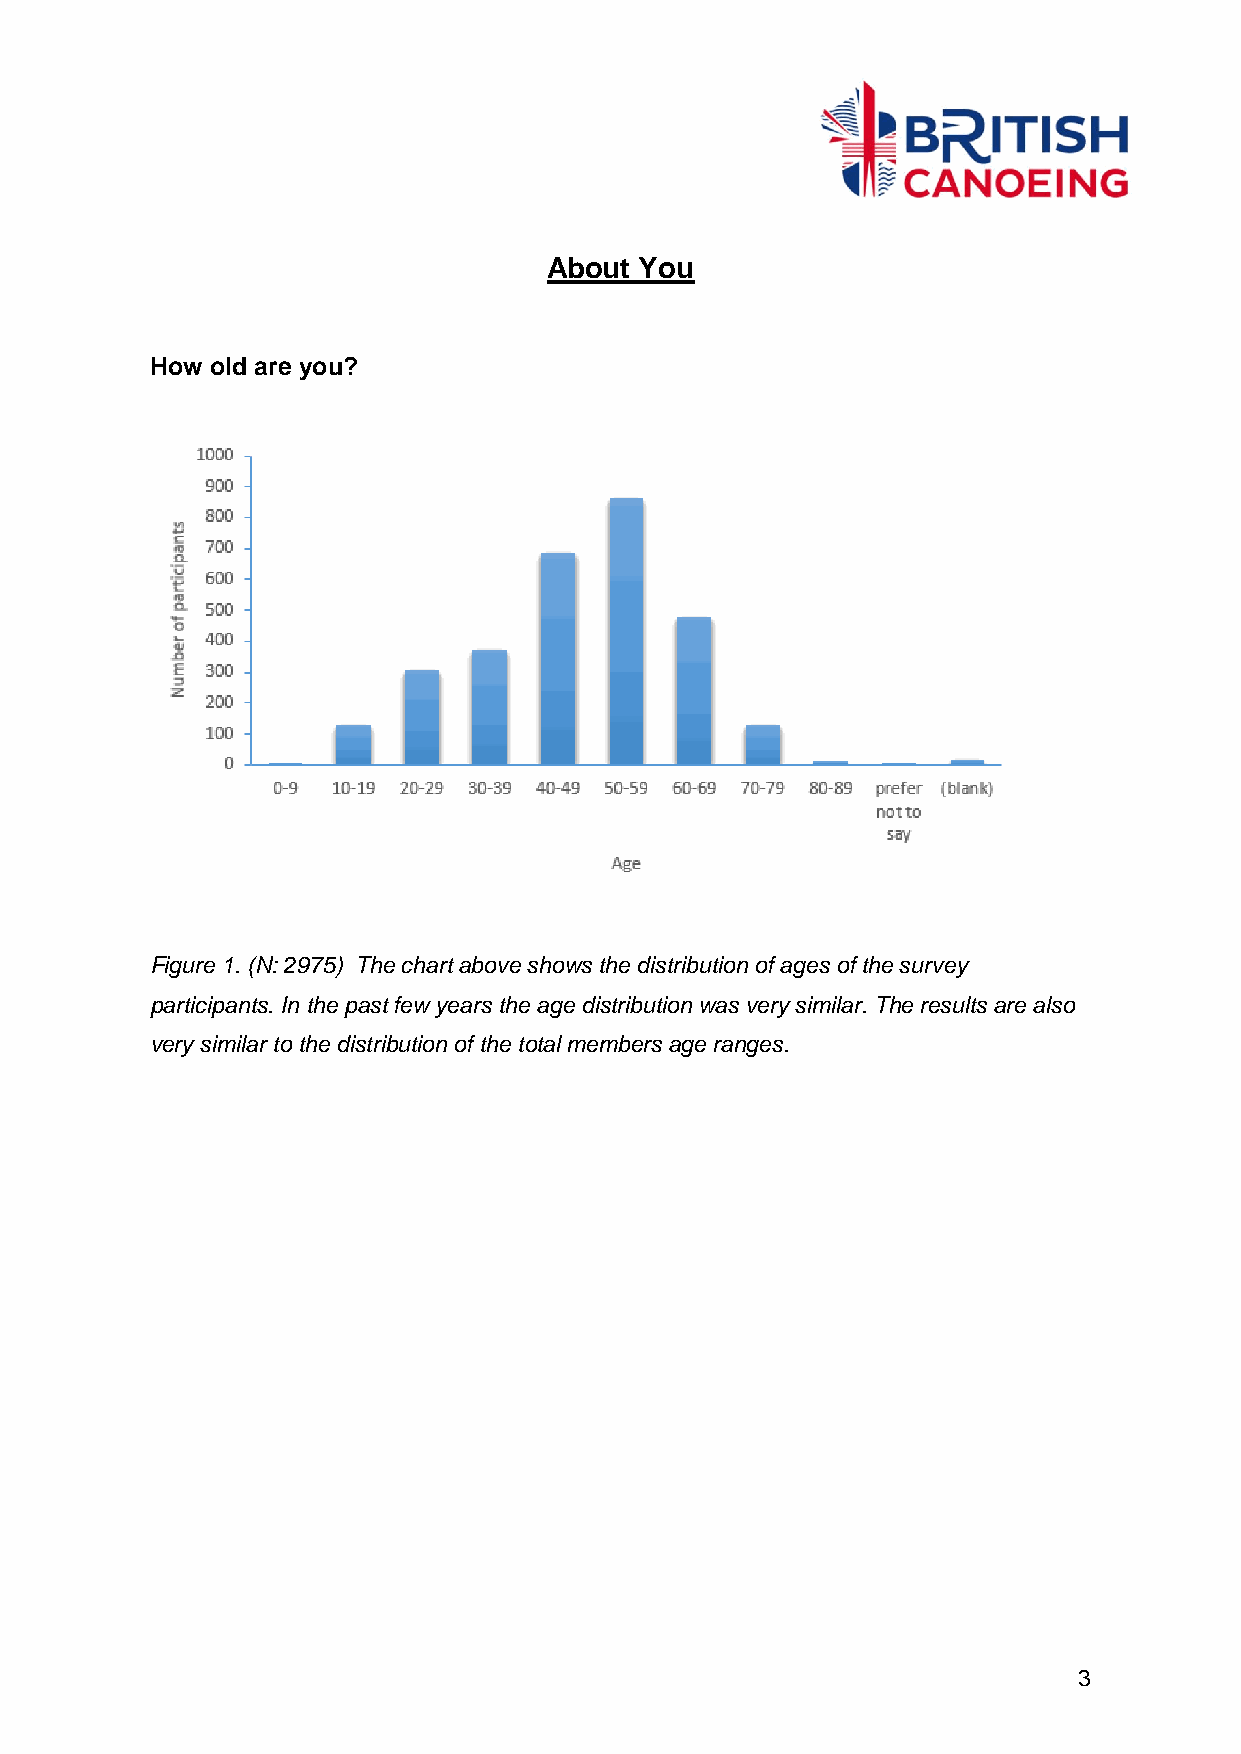
About You
 How old are you?
 Figure 1. (N: 2975) The chart above shows the distribution of ages of the survey
 participants. In the past few years the age distribution was very similar. The results are also
 very similar to the distribution of the total members age ranges.
 3